Civil Veterinary Department Bihar reports 1940-50 - 1940-1950
Year: 1940
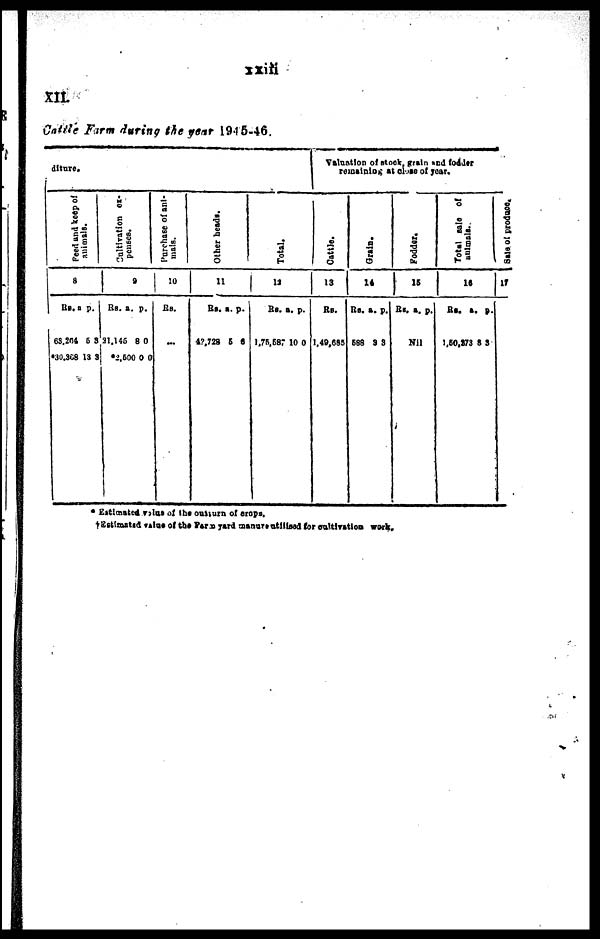
Cattle Farm during the year 1945-46.
diture.
Feed and keep of
animals.
8
Rs.
63,264
*30,368
a.
5
13
p.
3
3
Cultivation ex-
penses.
9
Rs.
31,146
*2,500
a.
8
0
p.
0
0
Purchase of ani-
mals.
10
Rs.
...
Other heads.
11
RS.
42,728
a.
5
p.
6
Tot al .
12
RS.
1,75,587
a.
10
p
0
Valuation of stock, grain and fodder
remaining at close of year.
Cattle.
13
RS.
1,49,685
Gr ai n.
14
Rs.
588
a.
3
p.
3
Fodder.
15
Rs. a. p.
Nil
Total sale of
animals.
16
Rs.
1,60,873
a
8
p.
3
Sale of produce.
17
* Estimated value of the outturn of crops,
† Estimated value of the farm yard manure utilised for cultivation work.